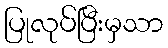
ပြုလုပ်ပြီးမှသာ